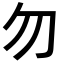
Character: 勿